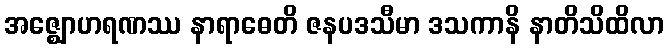
အဇ္ဈောဟရဏဿ နာရာဓေတိ ဇနပဒသီမာ ဒသကာနိ နာတိသိထိလာ